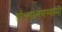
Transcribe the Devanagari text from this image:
डॉ॰लक्ष्मणस्वामी